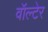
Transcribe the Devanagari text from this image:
वॉल्टेर